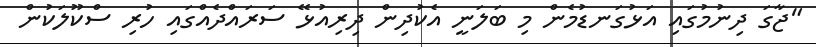
"ޖާގަ ދިނުމުގައި އަޅުގަނޑުމެން މި ބަލަނީ އެކުދިން ދިރިއުޅޭ ސަރައްދެއްގައި ހުރި ސްކޫލަކުން